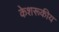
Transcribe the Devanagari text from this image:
केशरूकीय